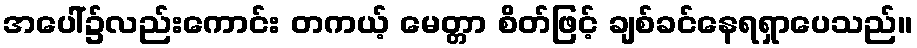
အပေါ်၌လည်းကောင်း တကယ့် မေတ္တာ စိတ်ဖြင့် ချစ်ခင်နေရရှာပေသည်။